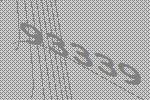
93339